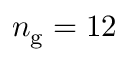
n _ { \mathrm { g } } = 1 2